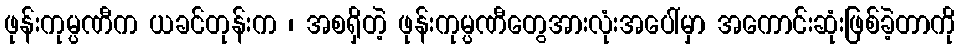
ဖုန်းကုမ္ပဏီက ယခင်တုန်းက ၊ အစရှိတဲ့ ဖုန်းကုမ္ပဏီတွေအားလုံးအပေါ်မှာ အကောင်းဆုံးဖြစ်ခဲ့တာကို